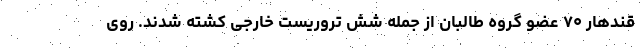
قندهار ۷۰ عضو گروه طالبان از جمله شش تروریست خارجی کشته شدند. روی